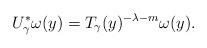
LaTeX: \begin{align*}U_\gamma^* \omega(y) = T_\gamma (y)^{-\lambda-m} \omega(y).\end{align*}